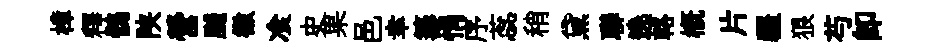
樟釋鶻陕營飇徽飡史果邑幸籌悁序蕊稍黛聯遶輅概片疆狼芍即